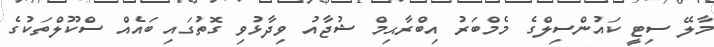
މާލޭ ސިޓީ ކައުންސިލްގެ މެމްބަރު އިބްރާޙިމް ޝުޖާއު ވިދާޅުވި ގޮތުގައި ބައެއް ސްކޫލްތަކުގެ